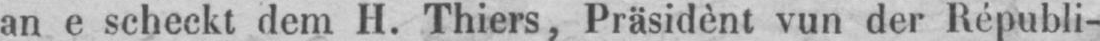
an e scheckt dem H. Thiers, Präsidènt vun der Républi-